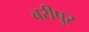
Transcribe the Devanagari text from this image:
बरीपुर